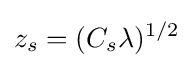
z_{s}=(C_{s}\lambda )^{1/2}